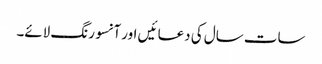
سات سال کی دعا ئیں اور آنسو رنگ لائے۔